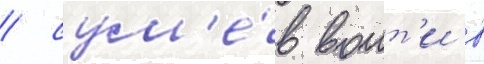
/ сум'е́в воит'и в